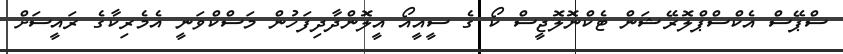
ސްޕޭސް އެކްސްޕްލޮރޭޝަން ޓެކްނޮލޮޖީސް ކޯ ގެ ސީއީއޯ އީލޮންދާދިފަހުން މަސްކްވަނީ އެމެރިކާގެ ރައީސަށް